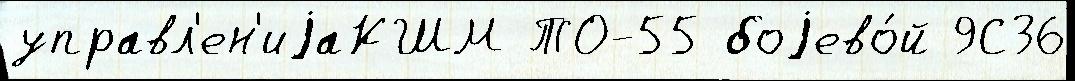
управл'ен'иjаКШМ ТО-55 боjево́й 9С36